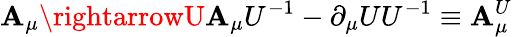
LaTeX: \mathbf{A}_{\mu}\rightarrowU\mathbf{A}_{\mu}U^{-1}-\partial_{\mu}UU^{-1}\equiv\mathbf{A}_{\mu}^{U}